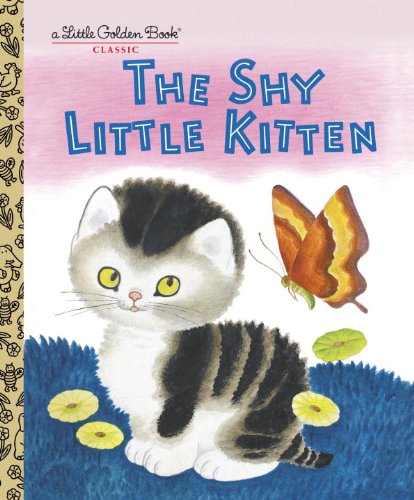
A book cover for The Shy Little Kitten (Little Golden Books); Cathleen Schurr; Children's Books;